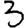
Digit: 3